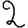
Digit: 2